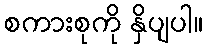
စကားစုကို နှိပျပါ။